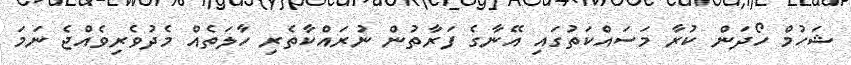
ޝަހުމް ހޯދަން ކުރާ މަސައްކަތުގައި އޭނާގެ ފަރާތުން ނުރައްކާތެރި ހާލަތެއް މެދުވެރިވެއްޖެ ނަމަ